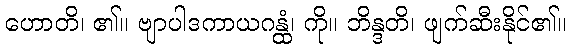
ဟောတိ၊ ၏။ ဗျာပါဒကာယဂန္ထံ၊ ကို။ ဘိန္ဒတိ၊ ဖျက်ဆီးနိုင်၏။